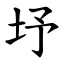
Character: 㘧